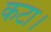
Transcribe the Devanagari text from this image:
कटा।